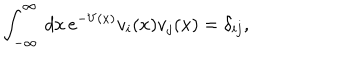
\int _ { - \infty } ^ { \infty } \, d x \, e ^ { - V \left( x \right) } v _ { i } ( x ) v _ { j } ( x ) = \delta _ { i j } ,